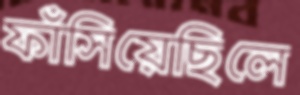
ফাঁসিয়েছিলে